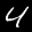
Label: 4